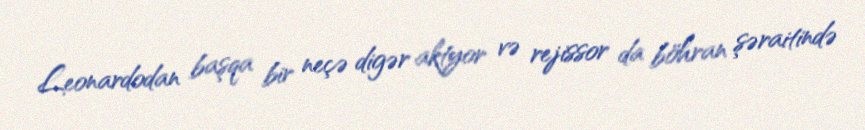
Leonardodan başqa bir neçə digər aktyor və rejissor da böhran şəraitində